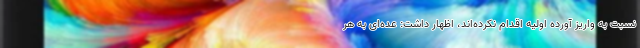
نسبت به واریز آورده اولیه اقدام نکرده‌اند، اظهار داشت: عده‌ای به هر